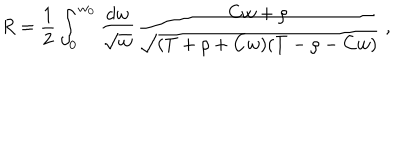
LaTeX: R = \frac { 1 } { 2 } \int _ { 0 } ^ { w _ { 0 } } \frac { d w } { \sqrt { w } } \frac { C w + \rho } { \sqrt { ( T + \rho + C w ) ( T - \rho - C w ) } } \ ,